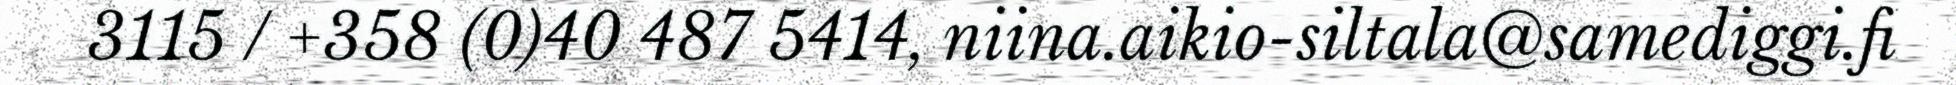
3115 / +358 (0)40 487 5414, niina.aikio-siltala@samediggi.fi